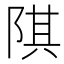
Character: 𨺌